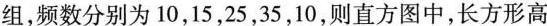
组，频数分别为10，15，25，35，10，则直方图中，长方形高